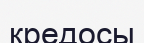
кредосы